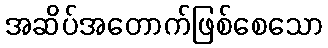
အဆိပ်အတောက်ဖြစ်စေသော